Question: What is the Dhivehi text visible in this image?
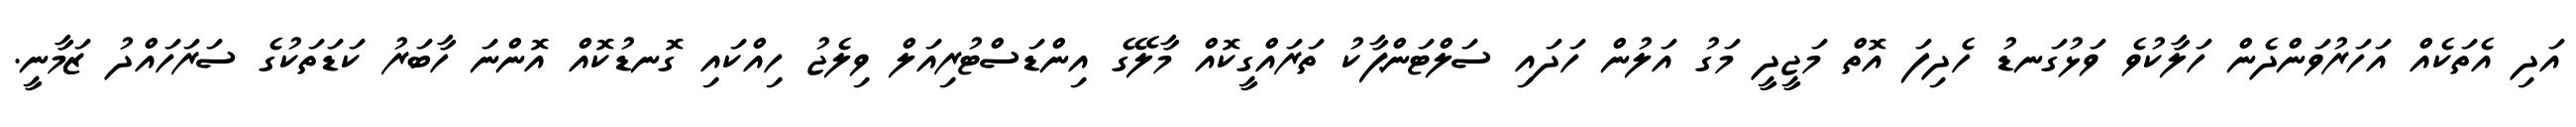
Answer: އަދި އެތަކެއް އަހަރުވަންދެން ހަލާކުވެ ވަޅުގަނޑު ހެދިފަ އޮތް މަޖީދީ މަގު އަލުން ހަދައި ސަލްޓަންޕާކު ތަރައްގީކޮއް މާލޭގެ އިންޑަސްޓުރިއަލް ވިލެޖު ހިއްކައި ގޮނޑުކޮއް އޮންނަ ހާބަރު ކަޑަތަކުގެ ސަރަހައްދު ޒަމާނީ.